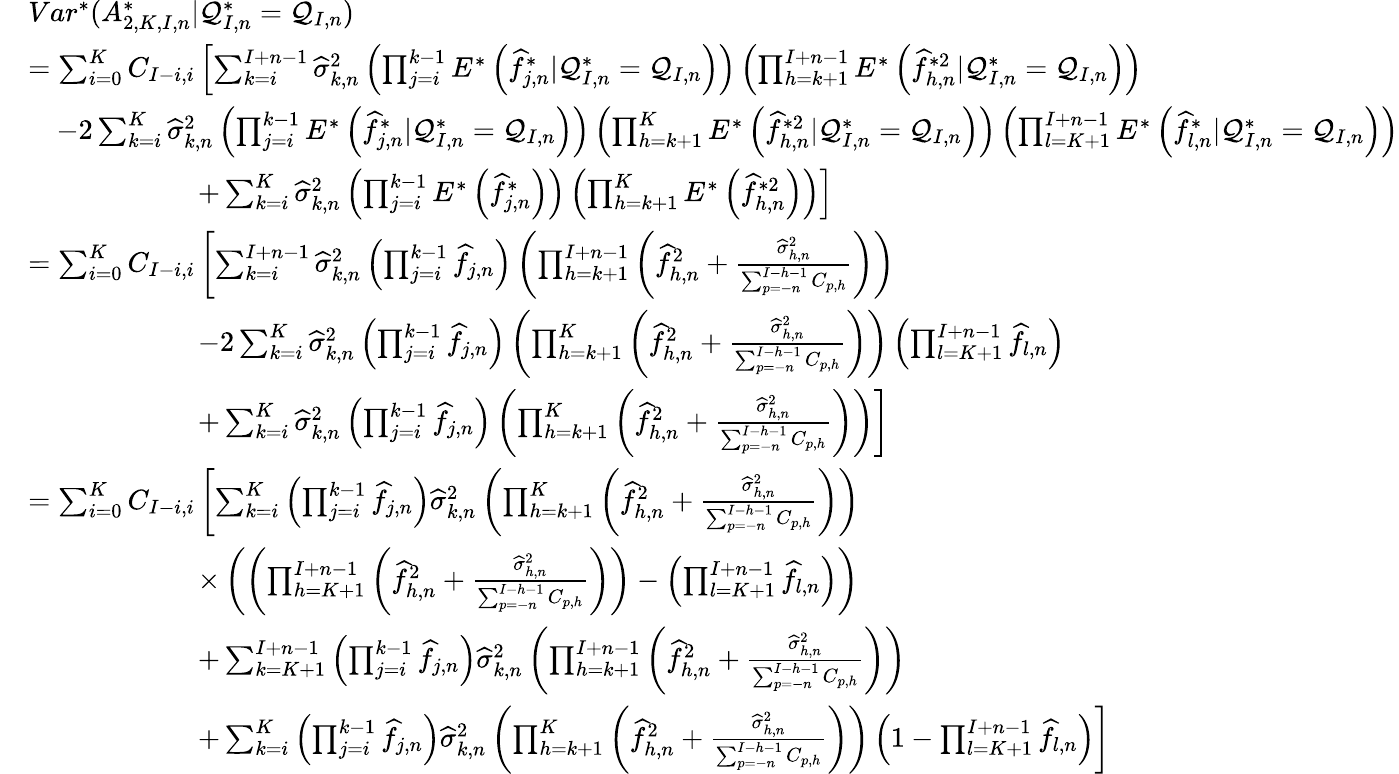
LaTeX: \begin{array}{rl}&{Var^{*}(A_{2,K,I,n}^{*}|\mathcal{Q}_{I,n}^{*}=\mathcal{Q}_{I,n})}\\ &{=\sum_{i=0}^{K}C_{I-i,i}\left[\sum_{k=i}^{I+n-1}\widehat\sigma_{k,n}^{2}\left(\prod_{j=i}^{k-1}E^{*}\left(\widehat f_{j,n}^{*}|\mathcal{Q}_{I,n}^{*}=\mathcal{Q}_{I,n}\right)\right)\left(\prod_{h=k+1}^{I+n-1}E^{*}\left(\widehat f_{h,n}^{*2}|\mathcal{Q}_{I,n}^{*}=\mathcal{Q}_{I,n}\right)\right)\right.}\\ &{\quad-2\sum_{k=i}^{K}\widehat\sigma_{k,n}^{2}\left(\prod_{j=i}^{k-1}E^{*}\left(\widehat f_{j,n}^{*}|\mathcal{Q}_{I,n}^{*}=\mathcal{Q}_{I,n}\right)\right)\left(\prod_{h=k+1}^{K}E^{*}\left(\widehat f_{h,n}^{*2}|\mathcal{Q}_{I,n}^{*}=\mathcal{Q}_{I,n}\right)\right)\left(\prod_{l=K+1}^{I+n-1}E^{*}\left(\widehat f_{l,n}^{*}|\mathcal{Q}_{I,n}^{*}=\mathcal{Q}_{I,n}\right)\right)}\\ &{\qquad\qquad\qquad+\left.\sum_{k=i}^{K}\widehat\sigma_{k,n}^{2}\left(\prod_{j=i}^{k-1}E^{*}\left(\widehat f_{j,n}^{*}\right)\right)\left(\prod_{h=k+1}^{K}E^{*}\left(\widehat f_{h,n}^{*2}\right)\right)\right]}\\ &{=\sum_{i=0}^{K}C_{I-i,i}\left[\sum_{k=i}^{I+n-1}\widehat\sigma_{k,n}^{2}\left(\prod_{j=i}^{k-1}\widehat{f}_{j,n}\right)\left(\prod_{h=k+1}^{I+n-1}\left(\widehat{f}_{h,n}^{2}+\frac{\widehat\sigma_{h,n}^{2}}{\sum_{p=-n}^{I-h-1}C_{p,h}}\right)\right)\right.}\\ &{\qquad\qquad\qquad-2\sum_{k=i}^{K}\widehat\sigma_{k,n}^{2}\left(\prod_{j=i}^{k-1}\widehat{f}_{j,n}\right)\left(\prod_{h=k+1}^{K}\left(\widehat{f}_{h,n}^{2}+\frac{\widehat\sigma_{h,n}^{2}}{\sum_{p=-n}^{I-h-1}C_{p,h}}\right)\right)\left(\prod_{l=K+1}^{I+n-1}\widehat{f}_{l,n}\right)}\\ &{\qquad\qquad\qquad+\left.\sum_{k=i}^{K}\widehat\sigma_{k,n}^{2}\left(\prod_{j=i}^{k-1}\widehat{f}_{j,n}\right)\left(\prod_{h=k+1}^{K}\left(\widehat{f}_{h,n}^{2}+\frac{\widehat\sigma_{h,n}^{2}}{\sum_{p=-n}^{I-h-1}C_{p,h}}\right)\right)\right]}\\ &{=\sum_{i=0}^{K}C_{I-i,i}\left[\sum_{k=i}^{K}\left(\prod_{j=i}^{k-1}\widehat{f}_{j,n}\right)\widehat\sigma_{k,n}^{2}\left(\prod_{h=k+1}^{K}\left(\widehat{f}_{h,n}^{2}+\frac{\widehat\sigma_{h,n}^{2}}{\sum_{p=-n}^{I-h-1}C_{p,h}}\right)\right)\right.}\\ &{\qquad\qquad\qquad\times\left(\left(\prod_{h=K+1}^{I+n-1}\left(\widehat{f}_{h,n}^{2}+\frac{\widehat\sigma_{h,n}^{2}}{\sum_{p=-n}^{I-h-1}C_{p,h}}\right)\right)-\left(\prod_{l=K+1}^{I+n-1}\widehat{f}_{l,n}\right)\right)}\\ &{\qquad\qquad\qquad+\sum_{k=K+1}^{I+n-1}\left(\prod_{j=i}^{k-1}\widehat{f}_{j,n}\right)\widehat\sigma_{k,n}^{2}\left(\prod_{h=k+1}^{I+n-1}\left(\widehat{f}_{h,n}^{2}+\frac{\widehat\sigma_{h,n}^{2}}{\sum_{p=-n}^{I-h-1}C_{p,h}}\right)\right)}\\ &{\qquad\qquad\qquad+\left.\sum_{k=i}^{K}\left(\prod_{j=i}^{k-1}\widehat{f}_{j,n}\right)\widehat\sigma_{k,n}^{2}\left(\prod_{h=k+1}^{K}\left(\widehat{f}_{h,n}^{2}+\frac{\widehat\sigma_{h,n}^{2}}{\sum_{p=-n}^{I-h-1}C_{p,h}}\right)\right)\left(1-\prod_{l=K+1}^{I+n-1}\widehat{f}_{l,n}\right)\right]}\end{array}